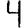
Digit: 4